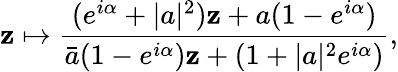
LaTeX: \mathbf{z}\mapsto\frac{{(e^{i\alpha}+|a|^{2})\mathbf{z}+a(1-e^{i\alpha})}}{{\bar{{a}}(1-e^{i\alpha})\mathbf{z}+(1+|a|^{2}e^{i\alpha})}},